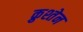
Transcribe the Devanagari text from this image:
क्रुश्तेन